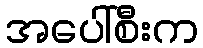
အပေါ်စီးက